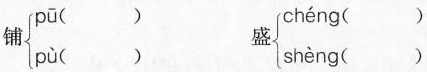
铺\left\{\begin{matrix}pū( )\\pù( )\end{matrix}\right. 盛\left\{\begin{matrix}chéng( )\\shèng( )\end{matrix}\right.